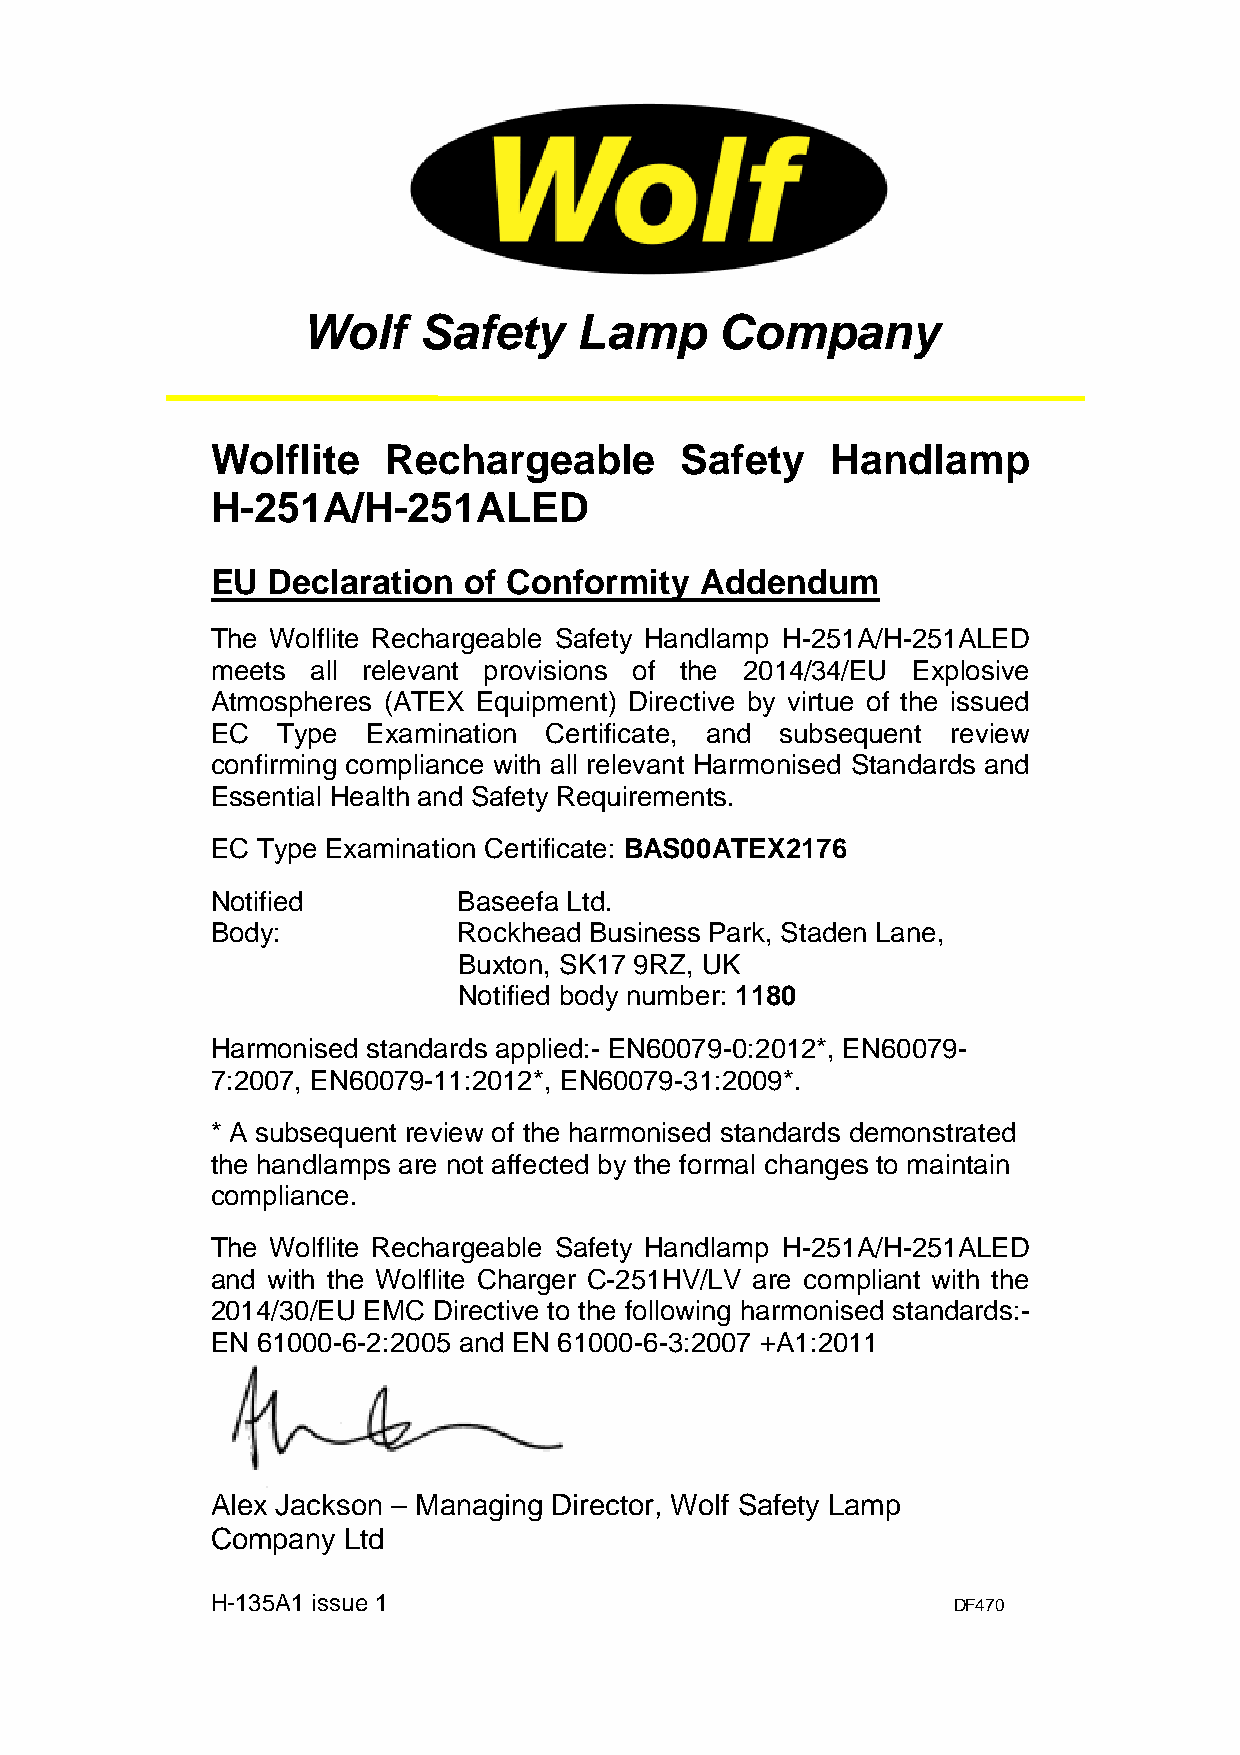
Wolf    Safety    Lamp      Company
 Wolflite    Rechargeable       Safety    Handlamp
 H-251A/H-251ALED
 EU  Declaration  of Conformity  Addendum
 The Wolflite Rechargeable Safety Handlamp H-251A/H-251ALED
 meets  all relevant provisions of the 2014/34/EU Explosive
 Atmospheres (ATEX Equipment) Directive by virtue of the issued
 EC  Type  Examination Certificate, and subsequent review
 confirming compliance with all relevant Harmonised Standards and
 Essential Health and Safety Requirements.
 EC Type Examination Certificate: BAS00ATEX2176
 Notified        Baseefa Ltd.
 Body:           Rockhead Business Park, Staden Lane,
 Buxton, SK17 9RZ, UK
 Notified body number: 1180
 Harmonised standards applied:- EN60079-0:2012*, EN60079-
 7:2007, EN60079-11:2012*, EN60079-31:2009*.
 * A subsequent review of the harmonised standards demonstrated
 the handlamps are not affected by the formal changes to maintain
 compliance.
 The Wolflite Rechargeable Safety Handlamp H-251A/H-251ALED
 and with the Wolflite Charger C-251HV/LV are compliant with the
 2014/30/EU EMC Directive to the following harmonised standards:-
 EN 61000-6-2:2005 and EN 61000-6-3:2007 +A1:2011
 Alex Jackson – Managing Director, Wolf Safety Lamp
 Company  Ltd
 H-135A1 issue 1                                  DF470